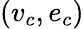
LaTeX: (v_{c},e_{c})